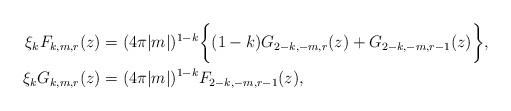
LaTeX: \begin{align*}\xi_k F_{k,m,r}(z) &= (4\pi |m|)^{1-k}\biggl\{(1-k)G_{2-k,-m,r}(z) + G_{2-k,-m,r-1}(z)\biggr\},\\\xi_k G_{k,m,r}(z) &=(4\pi |m|)^{1-k}F_{2-k,-m,r-1}(z),\end{align*}